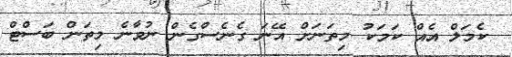
ކެމަލް އެއް ކަމަކު މިތަނަށް އޭނަ ގެނެސްގެން ނުވާނެ މިތަން ބަސްޓް